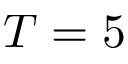
T = 5